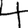
Digit: 4